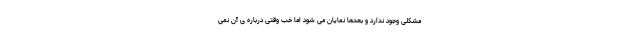
مشکلی وجود ندارد و بعدها نمایان می شود اما خب وقتی درباره ی آن نمی